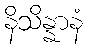
နိသိန္နာနံ